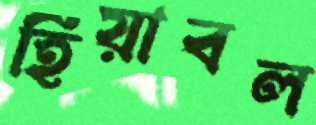
হিয়াবল